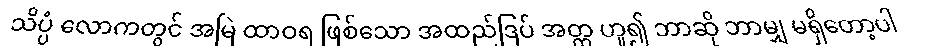
သိပ္ပံ လောကတွင် အမြဲ ထာဝရ ဖြစ်သော အထည်ဒြပ် အတ္တ ဟူ၍ ဘာဆို ဘာမျှ မရှိတော့ပါ